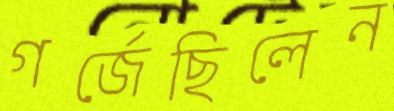
গর্‌জেছিলেন